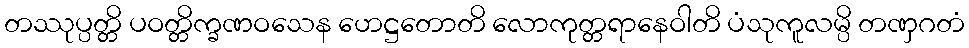
တဿုပ္ပတ္တိ ပဝတ္တိက္ခဏဝသေန ဟေဋ္ဌတောတိ လောကုတ္တရာနေဝါတိ ပံသုကူလမ္ပိ တဏှဂတံ